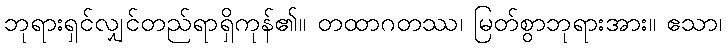
ဘုရားရှင်လျှင်တည်ရာရှိကုန်၏။ တထာဂတဿ၊ မြတ်စွာဘုရားအား။ ဧသာ၊